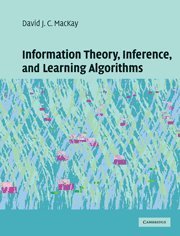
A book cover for Information Theory, Inference and Learning Algorithms; David J. C. MacKay; Computers & Technology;